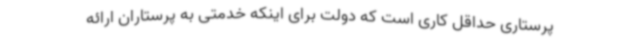
پرستاری حداقل کاری است که دولت برای اینکه خدمتی به پرستاران ارائه